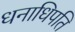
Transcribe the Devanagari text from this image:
धनाधिपति